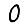
Digit: 0